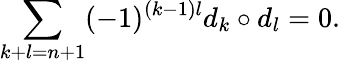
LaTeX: \sum_{k+l=n+1}(-1)^{(k-1)l}d_{k}\circ d_{l}=0.